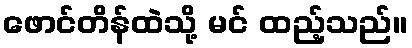
ဖောင်တိန်ထဲသို့ မင် ထည့်သည်။